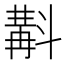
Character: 斠